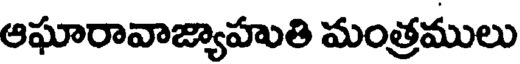
ఆఘారావాజ్యాహుతి మంత్రములు